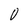
Character: O